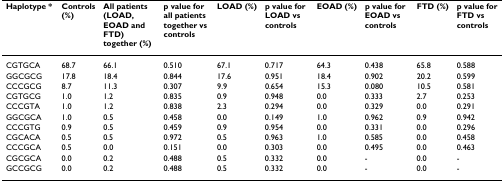
<table><thead><tr><td><b>Haplotype *</b></td><td><b>Controls (%)</b></td><td><b>All patients (LOAD, EOAD and FTD) together (%)</b></td><td><b>p value for all patients together vs controls</b></td><td><b>LOAD (%)</b></td><td><b>p value for LOAD vs controls</b></td><td><b>EOAD (%)</b></td><td><b>p value for EOAD vs controls</b></td><td><b>FTD (%)</b></td><td><b>p value for FTD vs controls</b></td></tr></thead><tbody><tr><td>CGTGCA</td><td>68.7</td><td>66.1</td><td>0.510</td><td>67.1</td><td>0.717</td><td>64.3</td><td>0.438</td><td>65.8</td><td>0.588</td></tr><tr><td>GGCGCG</td><td>17.8</td><td>18.4</td><td>0.844</td><td>17.6</td><td>0.951</td><td>18.4</td><td>0.902</td><td>20.2</td><td>0.599</td></tr><tr><td>CCCGCG</td><td>8.7</td><td>11.3</td><td>0.307</td><td>9.9</td><td>0.654</td><td>15.3</td><td>0.080</td><td>10.5</td><td>0.581</td></tr><tr><td>CGTGCG</td><td>1.0</td><td>1.2</td><td>0.835</td><td>0.9</td><td>0.948</td><td>0.0</td><td>0.333</td><td>2.7</td><td>0.253</td></tr><tr><td>CCCGTA</td><td>1.0</td><td>1.2</td><td>0.838</td><td>2.3</td><td>0.294</td><td>0.0</td><td>0.329</td><td>0.0</td><td>0.291</td></tr><tr><td>GGCGCA</td><td>1.0</td><td>0.5</td><td>0.458</td><td>0.0</td><td>0.149</td><td>1.0</td><td>0.962</td><td>0.9</td><td>0.942</td></tr><tr><td>CCCGTG</td><td>0.9</td><td>0.5</td><td>0.459</td><td>0.9</td><td>0.954</td><td>0.0</td><td>0.331</td><td>0.0</td><td>0.296</td></tr><tr><td>CGCACA</td><td>0.5</td><td>0.5</td><td>0.972</td><td>0.5</td><td>0.963</td><td>1.0</td><td>0.585</td><td>0.0</td><td>0.458</td></tr><tr><td>CCCGCA</td><td>0.5</td><td>0.0</td><td>0.151</td><td>0.0</td><td>0.303</td><td>0.0</td><td>0.495</td><td>0.0</td><td>0.463</td></tr><tr><td>CGCGCA</td><td>0.0</td><td>0.2</td><td>0.488</td><td>0.5</td><td>0.332</td><td>0.0</td><td>-</td><td>0.0</td><td>-</td></tr><tr><td>GCCGCG</td><td>0.0</td><td>0.2</td><td>0.488</td><td>0.5</td><td>0.332</td><td>0.0</td><td>-</td><td>0.0</td><td>-</td></tr></tbody></table>